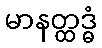
မာနတ္ထဒ္ဓံ